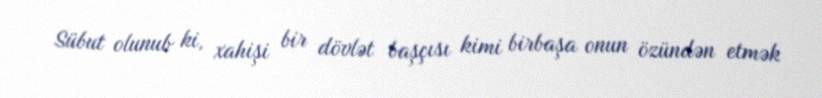
Sübut olunub ki, xahişi bir dövlət başçısı kimi birbaşa onun özündən etmək